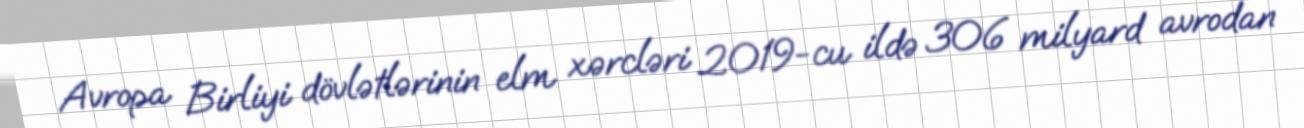
Avropa Birliyi dövlətlərinin elm xərcləri 2019-cu ildə 306 milyard avrodan